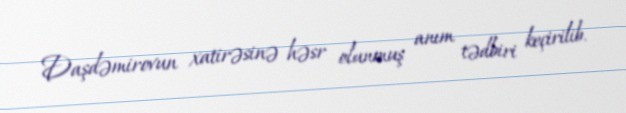
Daşdəmirovun xatirəsinə həsr olunmuş anım tədbiri keçirilib.